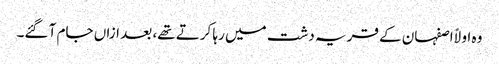
وہ اولاً اصفہان کے قریہ دشت میں رہا کرتے تھے، بعد ازاں جام آ گئے۔